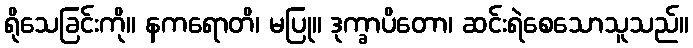
ရိုသေခြင်းကို။ နကရောတိ၊ မပြု။ ဒုက္ခာပိတော၊ ဆင်းရဲစေသောသူသည်။